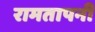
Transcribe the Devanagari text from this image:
रामतापनी